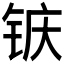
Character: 𮸆